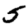
Digit: 5